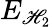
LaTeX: E_{\mathscr{H}_{2}}